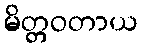
မိတ္တဝတာယ